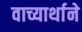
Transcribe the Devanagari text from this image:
वाच्यार्थाने